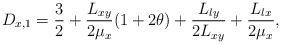
\begin{align*}D_{x,1} = \frac{3}{2}+\frac{L_{xy}}{2\mu_{x}}(1+2\theta)+\frac{L_{ly}}{2L_{xy}}+\frac{L_{lx}}{2\mu_{x}},\end{align*}